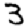
Digit: 3